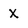
Character: x